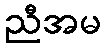
ညီအမ